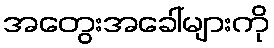
အတွေးအခေါ်များကို